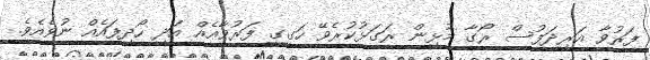
ފަރުވާ އަރިދަފުސް ރޯގާ މުޅިން ރަގަޅުކުރެވޭ ހަގީގީ ފަރުވާއެއް އަދި ހޯދިފައެއް ނުވެއެވެ.